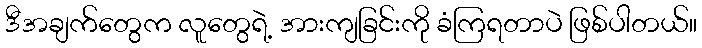
ဒီအချက်တွေက လူတွေရဲ့ အားကျခြင်းကို ခံကြရတာပဲ ဖြစ်ပါတယ်။